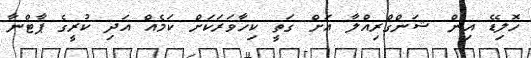
ހޮލިޑޭ އިން ޝަންގްރިއްލާ އަށް ގަތީ ކިހާވަރަކަށް ކަމެއް އަދި ކުރީގެ ޕާޓްނާ